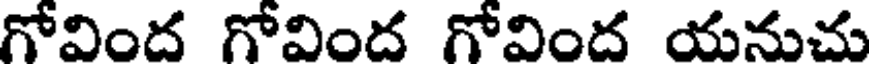
గోవింద గోవింద గోవింద యనుచు